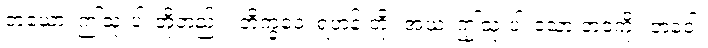
တယော၊ ဤသုံးပါးတို့တည်း။ ဘိက္ခဝေ၊ ရဟန်းတို့။ အယံ၊ ဤသုံးပါးသော ဘဝကို။ ဘဝေါ၊